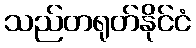
သည်တရုတ်နိုင်ငံ